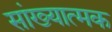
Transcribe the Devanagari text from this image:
सांख्यात्मक